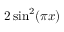
2 \sin ^ { 2 } ( \pi x )